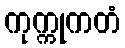
ကုက္ကုကတံ